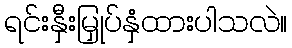
ရင်းနှီးမြှုပ်နှံထားပါသလဲ။